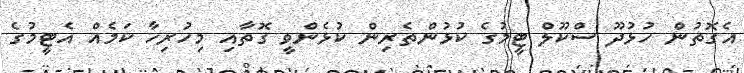
އެގޮތުން ހުޅުދޫ ސްކޫލް ޓީމުގެ ކުޅުންތެރިން ކުޅެންވީ ގޮތާއި މިހުރިހާ ކަމެއް އެޓީމުގެ